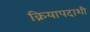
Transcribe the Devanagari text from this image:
क्रियापदाशी